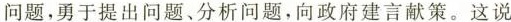
问题，勇于提出问题、分析问题，向政府建言献策。这说